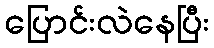
ပြောင်းလဲနေပြီး